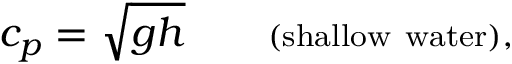
c _ { p } = { \sqrt { g h } } \qquad \scriptstyle { \mathrm { ( s h a l l o w ~ w a t e r ) , } }